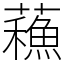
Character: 蘓